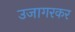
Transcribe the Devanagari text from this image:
उजागरकर